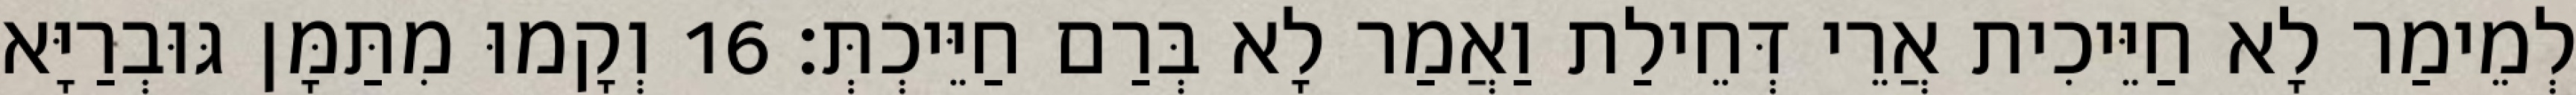
לְמֵימַר לָא חַיֵּיכִית אֲרֵי דְּחֵילַת וַאֲמַר לָא בְּרַם חַיֵּיכְתְּ׃ 16 וְקָמוּ מִתַּמָּן גּוּבְרַיָּא